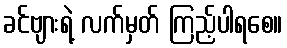
ခင်ဗျားရဲ့ လက်မှတ် ကြည့်ပါရစေ။